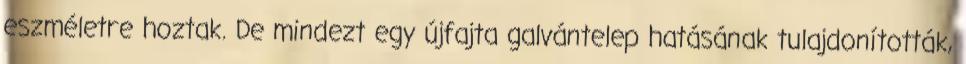
eszméletre hoztak. De mindezt egy újfajta galvántelep hatásának tulajdonították,